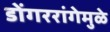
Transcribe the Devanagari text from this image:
डोंगररांगेमुळे